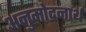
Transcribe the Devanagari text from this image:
अनुमोदनार्थ